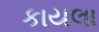
કાયલા